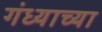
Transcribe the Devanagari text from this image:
गंध्याच्या